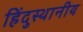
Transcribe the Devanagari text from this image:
हिंदुस्थानीय